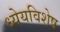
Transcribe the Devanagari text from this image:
ध्येयविशेष